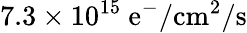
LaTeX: \mathrm{7.3\times 10^{15}~e^{-}/cm^{2}/s}